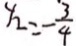
y _ { 2 } = - \frac { 3 } { 4 }